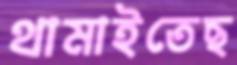
থামাইতেছ